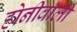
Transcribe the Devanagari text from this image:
होनीवाली